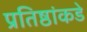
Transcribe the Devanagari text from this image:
प्रतिष्ठांकडे